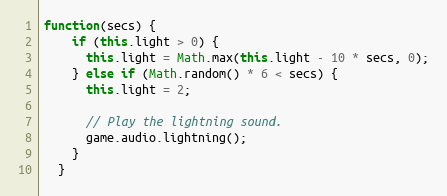
Language: JavaScript
function(secs) {
    if (this.light > 0) {
      this.light = Math.max(this.light - 10 * secs, 0);
    } else if (Math.random() * 6 < secs) {
      this.light = 2;

      // Play the lightning sound.
      game.audio.lightning();
    }
  }